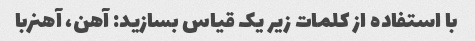
با استفاده از کلمات زیر یک قیاس بسازید: آهن، آهنربا